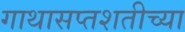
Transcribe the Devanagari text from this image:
गाथासप्तशतीच्या